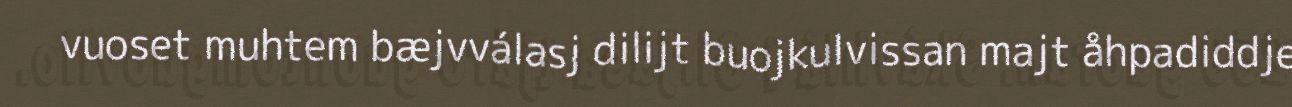
vuoset muhtem bæjvválasj dilijt buojkulvissan majt åhpadiddje